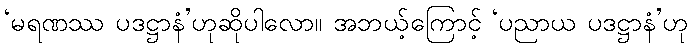
‘မရဏဿ ပဒဋ္ဌာနံ’ဟုဆိုပါလော။ အဘယ့်ကြောင့် ‘ပညာယ ပဒဋ္ဌာနံ’ဟု